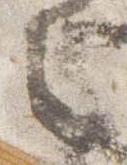
之